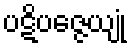
ပဋိပဇ္ဇေယျုံ